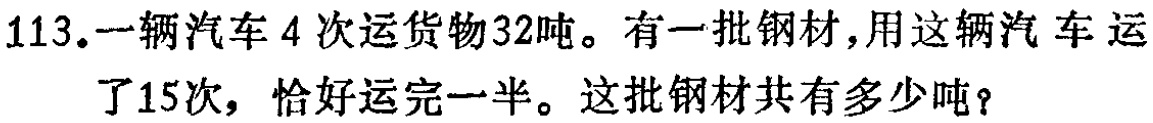
113.一辆汽车4次运货物32吨。有一批钢材，用这辆汽车运了15次，恰好运完一半。这批钢材共有多少吨？